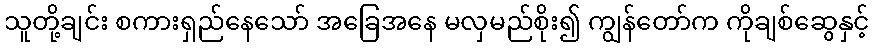
သူတို့ချင်း စကားရှည်နေသော် အခြေအနေ မလှမည်စိုး၍ ကျွန်တော်က ကိုချစ်ဆွေနှင့်